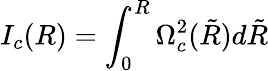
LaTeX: I_{c}(R)=\int_{0}^{R}\Omega_{c}^{2}(\tilde{R})d\tilde{R}